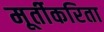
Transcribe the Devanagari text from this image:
मूर्तीकरिता